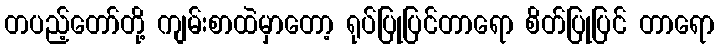
တပည့်တော်တို့ ကျမ်းစာထဲမှာတော့ ရုပ်ပြုပြင်တာရော စိတ်ပြုပြင် တာရော